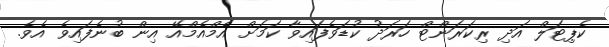
ކެޕިޓަލް އަދި ރިކަރަންޓް ހަރަދު ކުޑަވެފައިވާ ކަމަށް އެމްއެމްއޭ އިން ބުނެފައިވެ އެވެ.